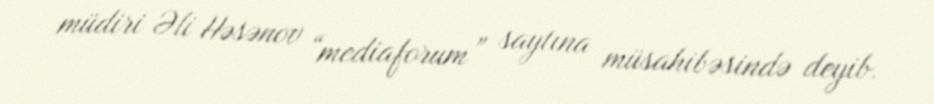
müdiri Əli Həsənov “mediaforum” saytına müsahibəsində deyib.